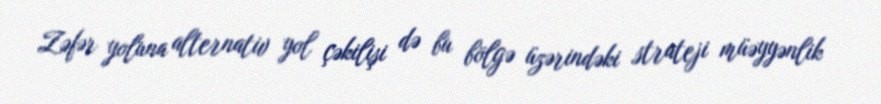
Zəfər yoluna alternativ yol çəkilişi də bu bölgə üzərindəki strateji müəyyənlik